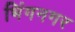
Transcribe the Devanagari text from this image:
भिंगनगर